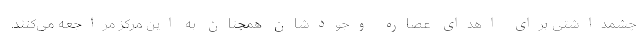
چشمداشتی برای اهدای عصاره وجودشان همچنان به این مرکز مراجعه می‌کنند.